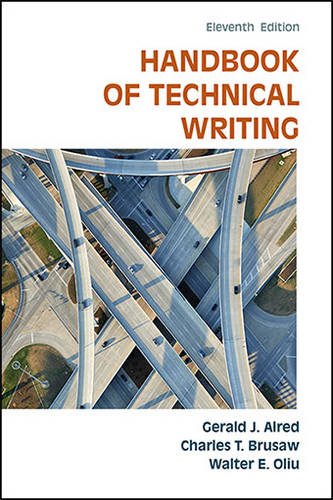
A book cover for The Handbook of Technical Writing; Gerald J. Alred; Business & Money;